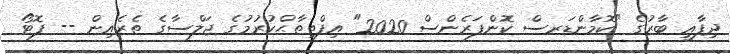
ދިފާޢީ ބާރުގެ "ކޮމާންޑަރސް ކޮންފަރެންސް 2020" އިފްތިތާޙްކުރުމުގެ ޖަލްސާގެެ ތެެރެއިން -- ފޮޓޯ